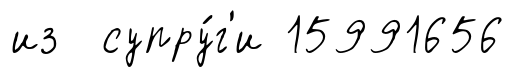
из супру́г'и 15991656